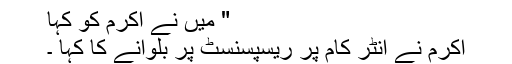
" میں نے اکرم کو کہا
اکرم نے انٹر کام پر ریسپسنسٹ پر بلوانے کا کہا ۔